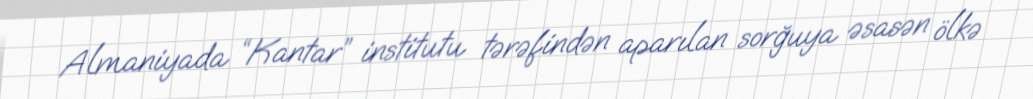
Almaniyada “Kantar” institutu tərəfindən aparılan sorğuya əsasən ölkə